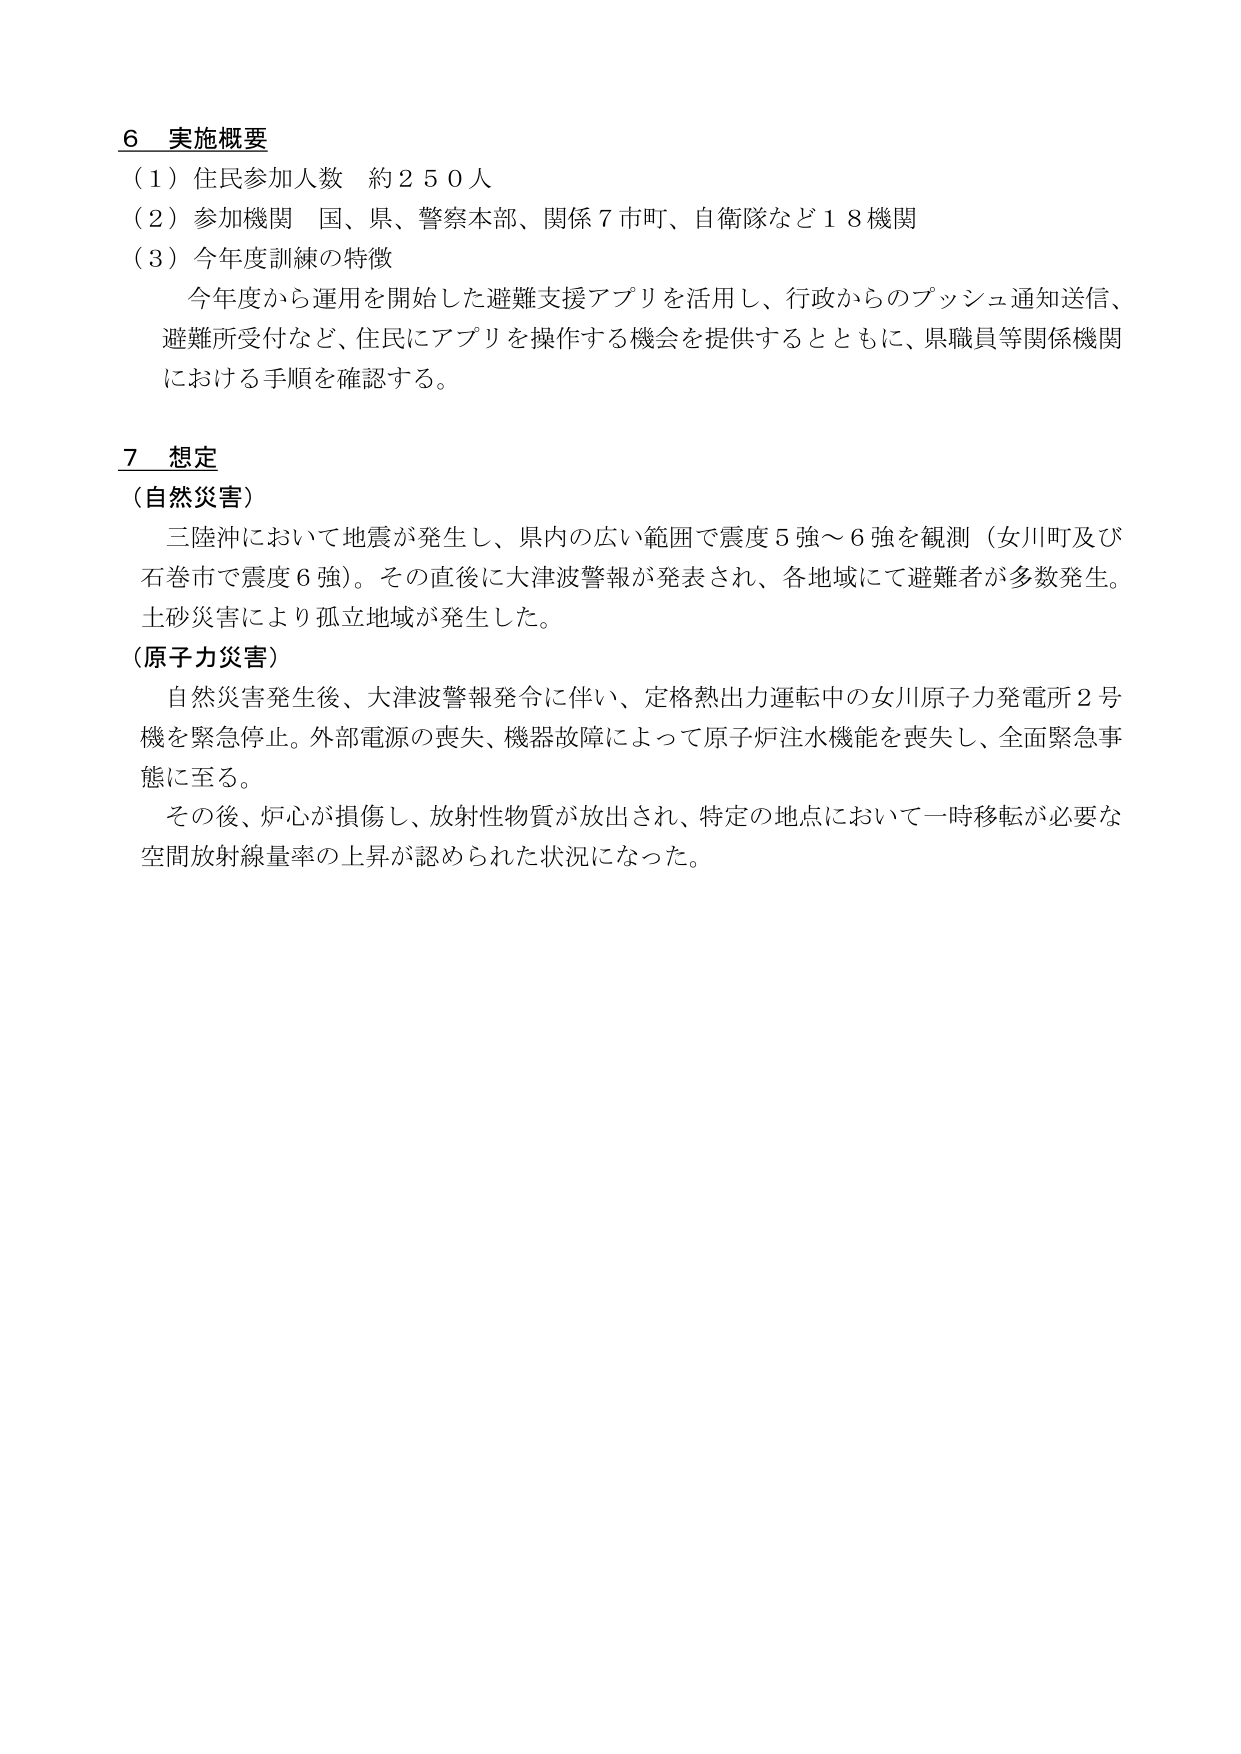
6 実施概要
（1）住民参加人数 約250人
（2）参加機関 国、県、警察本部、関係7市町、自衛隊など18機関
（3）今年度訓練の特徴
　　今年度から運用を開始した避難支援アプリを活用し、行政からのプッシュ通知送信、
　　避難所受付など、住民にアプリを操作する機会を提供するとともに、県職員等関係機関
　　における手順を確認する。

7 想定
（自然災害）
　　三陸沖において地震が発生し、県内の広い範囲で震度5強～6強を観測（女川町及び
　　石巻市で震度6強）。その直後に大津波警報が発表され、各地域にて避難者が多数発生。
　　土砂災害により孤立地域が発生した。
（原子力災害）
　　自然災害発生後、大津波警報発令に伴い、定格熱出力運転中の女川原子力発電所2号
　　機を緊急停止。外部電源の喪失、機器故障によって原子炉注水機能を喪失し、全面緊急事
　　態に至る。
　　その後、炉心が損傷し、放射性物質が放出され、特定の地点において一時移転が必要な
　　空間放射線量率の上昇が認められた状況になった。